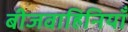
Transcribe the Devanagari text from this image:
बीजवाहिनियाँ